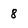
Character: 8